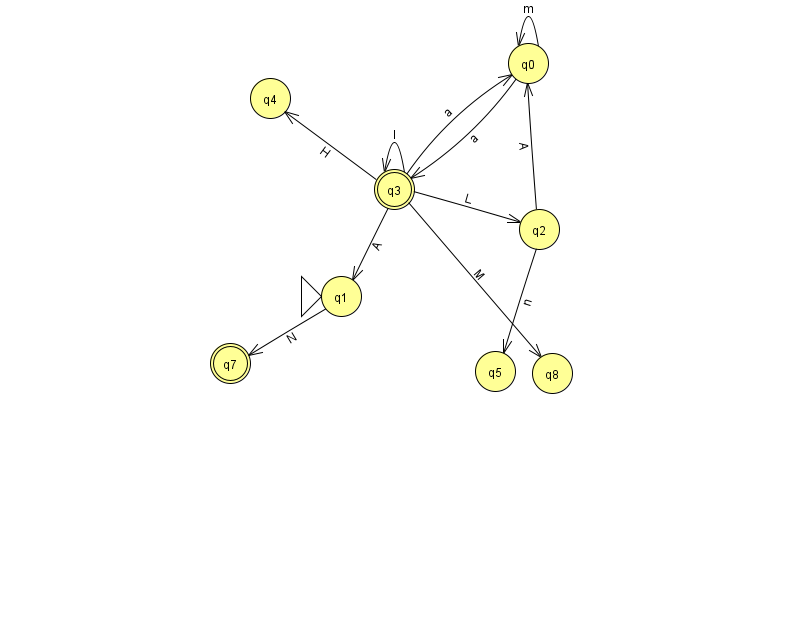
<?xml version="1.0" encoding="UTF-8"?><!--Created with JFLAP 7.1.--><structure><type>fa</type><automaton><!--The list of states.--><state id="0" name="q0"><x>528.0</x><y>50.0</y></state><state id="1" name="q1"><x>341.0</x><y>283.0</y><initial/></state><state id="2" name="q2"><x>539.0</x><y>216.0</y></state><state id="3" name="q3"><x>394.0</x><y>176.0</y><final/></state><state id="4" name="q4"><x>270.0</x><y>85.0</y></state><state id="5" name="q5"><x>495.0</x><y>358.0</y></state><state id="7" name="q7"><x>230.0</x><y>350.0</y><final/></state><state id="8" name="q8"><x>552.0</x><y>360.0</y></state><!--The list of transitions.--><transition><from>3</from><to>8</to><read>M</read></transition><transition><from>1</from><to>7</to><read>N</read></transition><transition><from>3</from><to>1</to><read>A</read></transition><transition><from>3</from><to>4</to><read>H</read></transition><transition><from>0</from><to>3</to><read>a</read></transition><transition><from>3</from><to>0</to><read>a</read></transition><transition><from>3</from><to>2</to><read>L</read></transition><transition><from>3</from><to>3</to><read>l</read></transition><transition><from>0</from><to>0</to><read>m</read></transition><transition><from>2</from><to>0</to><read>A</read></transition><transition><from>2</from><to>5</to><read>n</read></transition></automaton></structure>